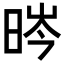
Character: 𣇂